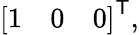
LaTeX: {\left[\begin{array}{lll}{1}&{0}&{0}\end{array}\right]}^{\textsf{T}},